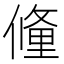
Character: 𬿧